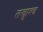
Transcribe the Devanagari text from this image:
तस्रूाश्च